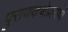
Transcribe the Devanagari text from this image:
पुराणकथेप्रामाणे